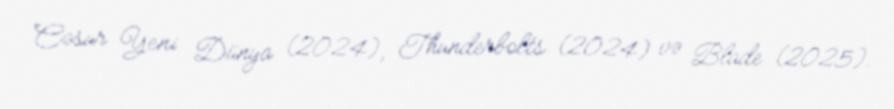
Cəsur Yeni Dünya (2024), Thunderbolts (2024) və Blade (2025).